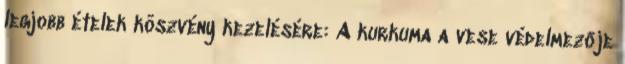
legjobb ételek köszvény kezelésére: A kurkuma a vese védelmezője